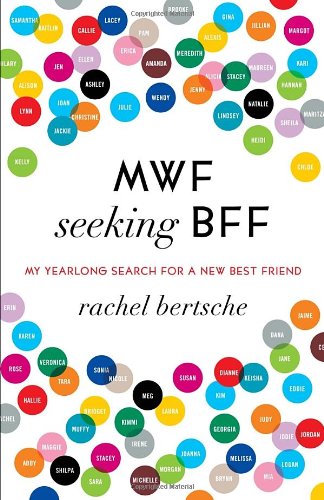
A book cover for MWF Seeking BFF: My Yearlong Search for a New Best Friend; Rachel Bertsche; Self-Help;